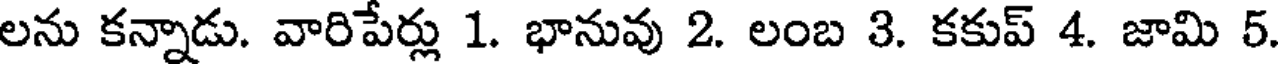
లను కన్నాడు. వారిపేర్లు 1. భానువు 2. లంబ 3. కకుప్ 4. జామి 5.